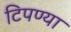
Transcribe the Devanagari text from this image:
टिपण्या